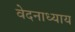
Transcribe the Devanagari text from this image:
वेदनाध्याय